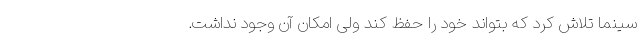
سینما تلاش کرد که بتواند خود را حفظ کند ولی امکان آن وجود نداشت.